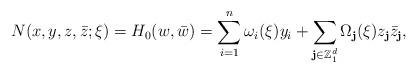
LaTeX: \begin{align*}N(x,y,z,\bar z;\xi)=H_{0}(w,\bar w)=\sum_{i=1}^n\omega_i(\xi)y_i+\sum_{\textbf{j}\in\mathbb{Z}^d_1}\Omega_\textbf{j}(\xi)z_\textbf{j}\bar z_\textbf{j},\end{align*}